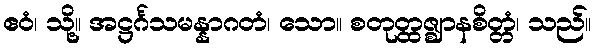
ဧဝံ၊ သို့။ အဋ္ဌင်္ဂသမန္နာဂတံ၊ သော။ စတုတ္ထဇ္ဈာနစိတ္တံ၊ သည်။